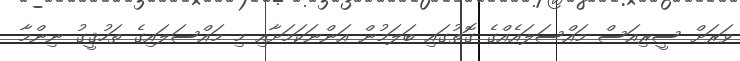
ވަރަށް ސީރިއަސް މައްސަލައެއްގެ ގޮތުގައި ބަލަމުން އަންނަކަމަށާއި މި މައްސަލައިގެ ތަހުޤީގު ނިންމާ